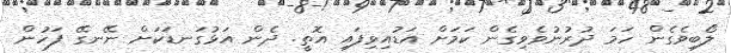
ލޯބިވެގެން ހަމަ ދުރުނުވެވިގެން ކަމަށް އަޑުއިވިފައި އޮތީ. ދެން އަޅުގަނޑަކަށް ނޭނގޭ ފަހުން